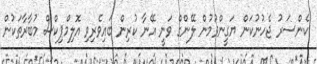
ކެންސަރު ޖެހުނުކަން ޔަގީންވުމުން ލޭންގް ވަނީ އޭނާ ކުރިން ބައިވެރިވި އޮލިމްޕިކްސް މުބާރާތަކުން